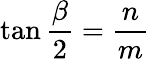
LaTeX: \tan{\frac{\beta}{2}}={\frac{n}{m}}